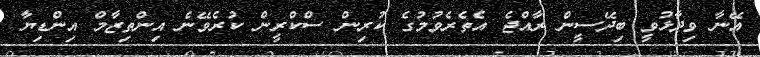
އޭނާ ވިދާޅުވީ ބިދޭސީން ރާއްޖެ އެތެރެވުމުގެ ކުރިން ސްކްރީން ކުރެވޭނެ އިންތިޒާމް އިންޑިޔާ